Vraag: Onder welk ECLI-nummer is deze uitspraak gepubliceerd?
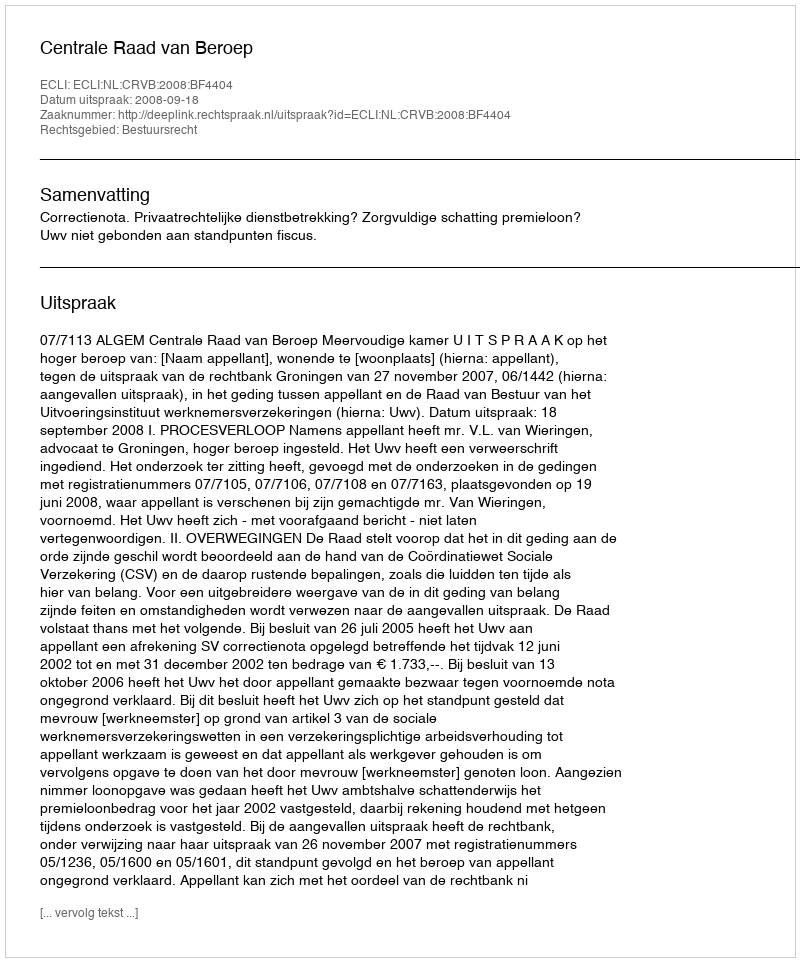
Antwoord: ECLI:NL:CRVB:2008:BF4404